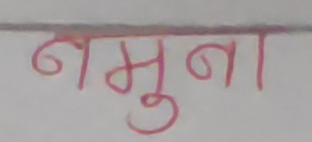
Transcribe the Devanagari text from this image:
नमुना